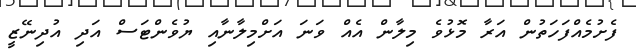
ފެށުމެއްފަހަތުން އަރާ މޮޅުވެ މިލާން އެއް ވަނަ އަށްމިލާނާއި ޔުވެންޓަސް އަދި އުދިނޭޒީ